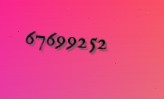
67699252